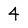
Character: 4